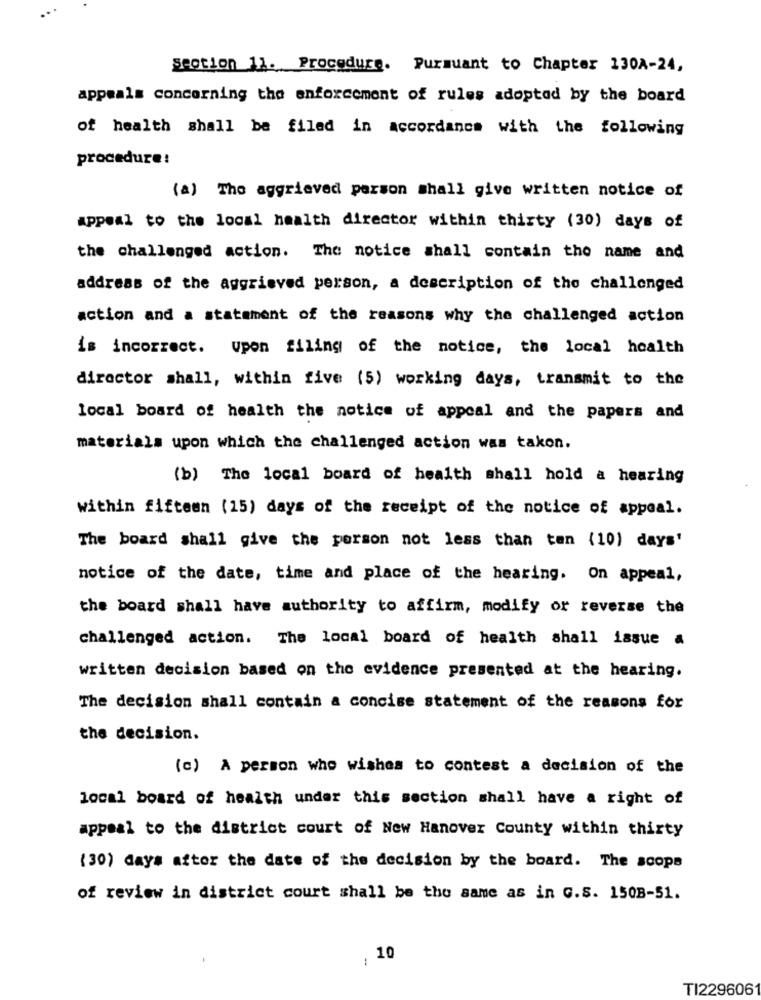
Section 11. Procedure. Pursuant to Chapter 130A-24,
appeals concerning the enforcement of rules adopted by the board
of health shall be filed in accordance with the following
procedure:
(2) The aggrieved person shall give written notice of
appeal to the local health director within thirty (30) days of
the challenged action. The notice shall contain the name and
address of the aggrieved person, a description of the challenged
action and a statement of the reasons why the challenged action
is incorrect. Upon filing of the notice, the local hoalth
director shall, within five (5) working days, transmit to the
local board of health the notice of appeal and the papers and
materials upon which the challenged action was takon.
(b) The local board of health shall hold a hearing
within fifteen (15) days of the receipt of the notice of appeal.
The board shall give the person not less than ten (10) days'
notice of the date, time and place of the hearing. On appeal,
the board shall have authority to affirm, modify or reverse the
challenged action. The local board of health shall issue a
written decision based on the evidence presented at the hearing.
The decision shall contain a concise statement of the reasons for
the decision.
(c) A person who wishes to contest a decision of the
local board of health under this section shall have a right of
appeal to the district court of New Hanover County within thirty
(30) days after the date of the decision by the board. The scope
of review in district court shall be the same as in G.S. 150B-51.
1
10
TI2296061